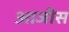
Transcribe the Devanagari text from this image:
आजीस